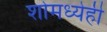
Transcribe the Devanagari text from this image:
शोमध्येही